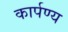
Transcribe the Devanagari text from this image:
कार्पण्य